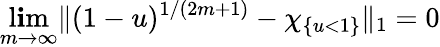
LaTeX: \operatorname*{l\mathbf{i}m}_{m\to\infty}\| (1-u)^{1/(2m+1)}-\chi_{\{ u<1\} }\| _{1}=0